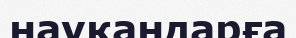
науқандарға